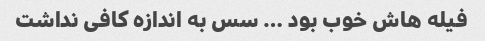
فیله هاش خوب بود … سس به اندازه کافی نداشت